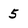
Character: 5